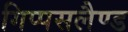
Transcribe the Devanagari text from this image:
गिप्पसलैण्ड